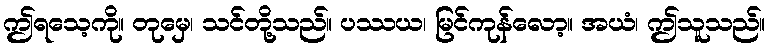
ဤရသေ့ကို။ တုမှေ၊ သင်တို့သည်။ ပဿယ၊ မြင်ကုန်လော့။ အယံ၊ ဤသူသည်။